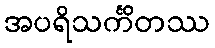
အပရိသင်္ကိတဿ